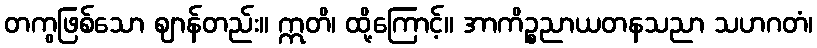
တကွဖြစ်သော ဈာန်တည်း။ ဣတိ၊ ထို့ကြောင့်။ အာကိဉ္စညာယတနသညာ သဟဂတံ၊